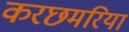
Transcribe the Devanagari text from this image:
करछमरिया